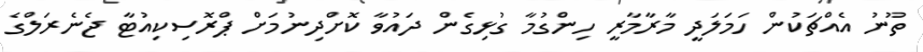
ތޫނު އެއްޗަކުން ހަމަލަދީ މާރާމާރީ ހިންގުމާ ގުޅިގެން ދައުވާ ކޮށްދިނުމަށް ޕްރޮސިކިއުޓާ ޖެނެރަލްގެ